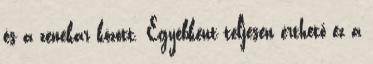
és a zenekar között. Egyébként teljesen érthető ez a